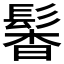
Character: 𩭰